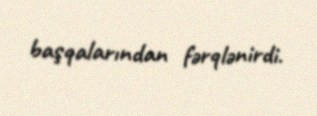
başqalarından fərqlənirdi.